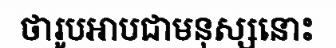
ថារូបអាបជាមនុស្សនោះ